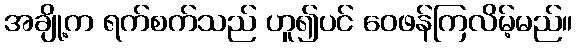
အချို့က ရက်စက်သည် ဟူ၍ပင် ဝေဖန်ကြလိမ့်မည်။